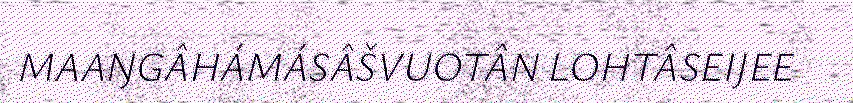
MAAŊGÂHÁMÁSÂŠVUOTÂN LOHTÂSEIJEE